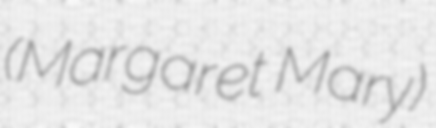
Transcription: (Margaret Mary)